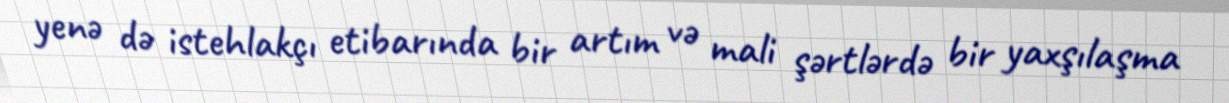
yenə də istehlakçı etibarında bir artım və mali şərtlərdə bir yaxşılaşma